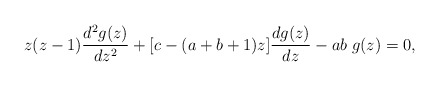
\begin{align*}z(z-1)\frac{d^2g(z)}{dz^2}+[c-(a+b+1)z]\frac{dg(z)}{dz}-ab\;g(z)=0,\end{align*}